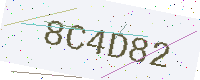
Text: 8C4D82